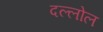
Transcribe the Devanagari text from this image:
दल्लोल